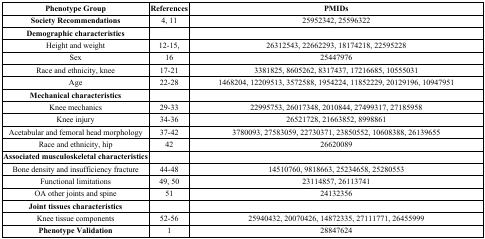
| Phenotype Group | References | PMIDs |
 | --- | --- | --- |
 | Society Recommendations | 4, 11 | 25952342, 25596322 |
 | Demographic characteristics |  |  |
 | Height and weight | 12-15, | 26312543, 22662293, 18174218, 22595228 |
 | Sex | 16 | 25447976 |
 | Race and ethnicity, knee | 17-21 | 3381825, 8605262, 8317437, 17216685, 10555031 |
 | Age | 22-28 | 1468204, 12209513, 3572588, 1954224, 11852229, 20129196, 10947951 |
 | Mechanical characteristics |  |  |
 | Knee mechanics | 29-33 | 22995753, 26017348, 2010844, 27499317, 27185958 |
 | Knee injury | 34-36 | 26521728, 21663852, 8998861 |
 | Acetabular and femoral head morphology | 37-42 | 3780093, 27583059, 22730371, 23850552, 10608388, 26139655 |
 | Race and ethnicity, hip | 42 | 26620089 |
 | Associated musculoskeletal characteristics |  |  |
 | Bone density and insufficiency fracture | 44-48 | 14510760, 9818663, 25234658, 25280553 |
 | Functional limitations | 49, 50 | 23114857, 26113741 |
 | OA other joints and spine | 51 | 24132356 |
 | Joint tissues characteristics |  |  |
 | Knee tissue components | 52-56 | 25940432, 20070426, 14872335, 27111771, 26455999 |
 | Phenotype Validation | 1 | 28847624 |